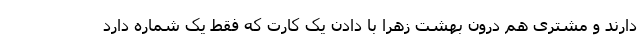
دارند و مشتری هم درون بهشت زهرا با دادن یک کارت که فقط یک شماره دارد